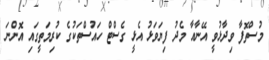
މުސްތޮފާ ވިދާޅުވީ އޭނާއާ މެދު ފިޔަވަޅު އެޅީ ގެސްޓް ހައުސްތަކުގެ ކުރިމަތީގައި އޮންނަ